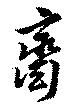
齋